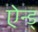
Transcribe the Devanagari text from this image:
ऐन्ड्